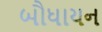
બૌધાયન